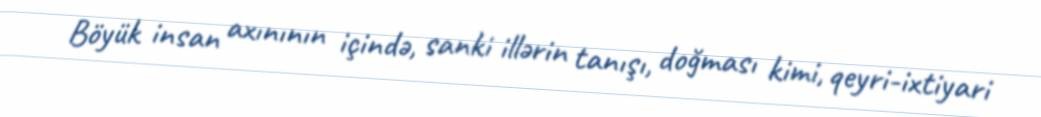
Böyük insan axınının içində, sanki illərin tanışı, doğması kimi, qeyri-ixtiyari